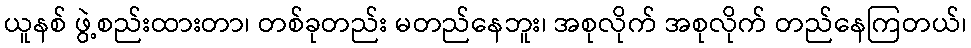
ယူနစ် ဖွဲ့စည်းထားတာ၊ တစ်ခုတည်း မတည်နေဘူး၊ အစုလိုက် အစုလိုက် တည်နေကြတယ်၊